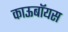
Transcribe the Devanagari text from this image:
काऊबॉयस